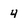
Character: 4